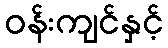
ဝန်းကျင်နှင့်